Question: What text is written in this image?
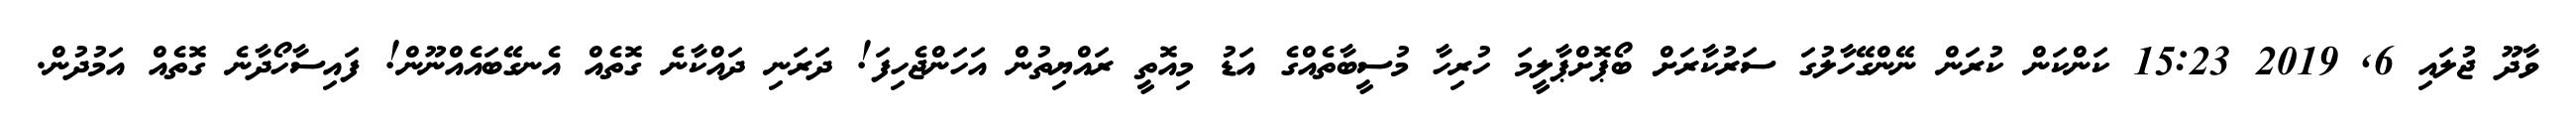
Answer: ވާދޫ ޖުލައި 6, 2019 15:23 ކަންކަން ކުރަން ނޭންގޭހާލުގަ ސަރުކާރަށް ބޯޕޮށްޕާލީމަ ހުރިހާ މުސީބާތެއްގެ އަޑު މިއޮތީ ރައްޔިތުން އަހަންޖެހިފަ! ދަރަނި ދައްކާނެ ގޮތެއް އެނގޭބައެއްނޫން! ފައިސާހޯދާނެ ގޮތެއް އަމުދުން.